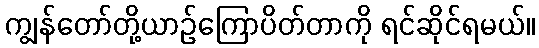
ကျွန်တော်တို့ယာဉ်ကြောပိတ်တာကို ရင်ဆိုင်ရမယ်။